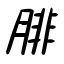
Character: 腓